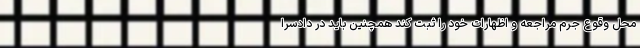
محل وقوع جرم مراجعه و اظهارات خود را ثبت کند همچنین باید در دادسرا